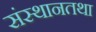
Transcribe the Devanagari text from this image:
संस्थानतथा